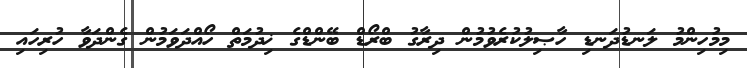
މިމުހިންމު ލަނޑުދަނޑި ހާޞިލުކުރެވުމުން ދިރާގު ބްރޯޑް ބޭންޑްގެ ޚިދުމަތް ހޯއްދަވަމުން ގެންދަވާ ހުރިހައި